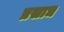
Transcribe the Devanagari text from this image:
प्रसाध